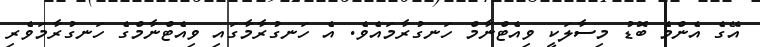
އޭގެ އެންމެ ބޮޑު މިސާލަކީ ވިއެޓްނާމް ހަނގުރާމައެެވެ. އެ ހަނގުރާމާގައި ވިއެޓްނާމްގެ ހަނގުރާމަވެރި